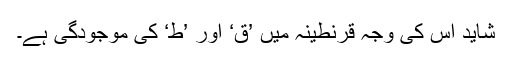
شاید اس کی وجہ قرنطینہ میں ’ق‘ اور ’ط‘ کی موجودگی ہے۔